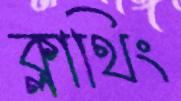
ক্লাথিং